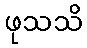
ဖုသသိ